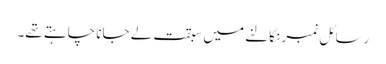
رسائل نمبر نکالنے میں سبقت لے جانا چاہتے تھے۔